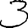
Digit: 3